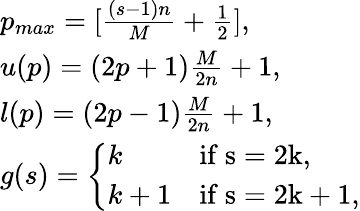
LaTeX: \begin{array}{l}{{p_{max}=[\frac{(s-1)n}{M}+\frac{1}{2}],}}\\ {{u(p)=(2p+1)\frac{M}{2n}+1,}}\\ {{l(p)=(2p-1)\frac{M}{2n}+1,}}\\ {{g(s)=\left\{ \begin{array}{ll}{{k}}&{{\mathrm{if~s=2k,}}}\\ {{k+1}}&{{\mathrm{if~s=2k+1,}}}\end{array}\right.}}\end{array}